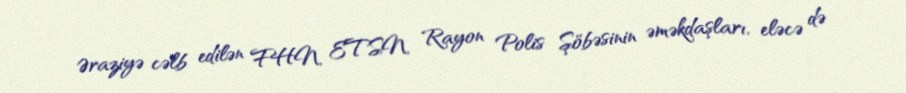
Əraziyə cəlb edilən FHN, ETSN, Rayon Polis Şöbəsinin əməkdaşları, eləcə də